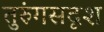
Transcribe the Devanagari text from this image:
तुरुंगसदृश